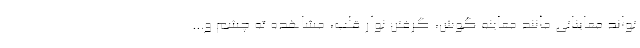
‌تواند معایناتی مانند معاینه گوش، گرفتن نوار قلب، مشاهده ته چشم و...